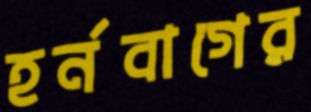
হর্নবাগের